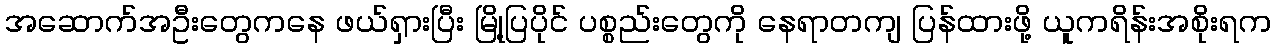
အဆောက်အဦးတွေကနေ ဖယ်ရှားပြီး မြို့ပြပိုင် ပစ္စည်းတွေကို နေရာတကျ ပြန်ထားဖို့ ယူကရိန်းအစိုးရက